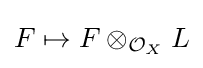
F\mapsto F\otimes _{{\mathcal {O}}_{X}}L